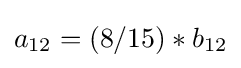
a_{12}=(8/15)*b_{12}